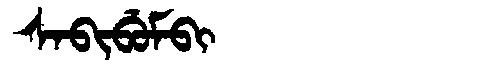
Manchu: ᠰᠠᠪᡳᠪᡠᠮᠪᡳ
Romanization: SABIBUMBI